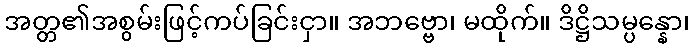
အတ္တ၏အစွမ်းဖြင့်ကပ်ခြင်းငှာ။ အဘဗ္ဗော၊ မထိုက်။ ဒိဋ္ဌိသမ္ပန္နော၊